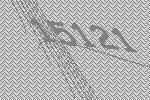
15121